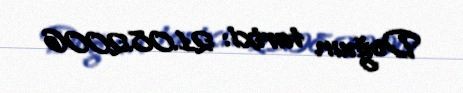
Doğum tarixi: 21.08.2006